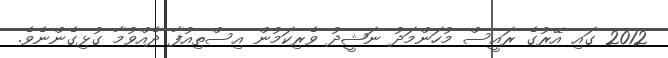
2012 ގައި އޭރުގެ ރައީސް މުހަންމަދު ނަޝީދު ވެރިކަމުން އިސްތިއުފާ ދެއްވުމާ ގުޅިގެންނެވެ.